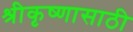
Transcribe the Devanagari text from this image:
श्रीकृष्णासाठी